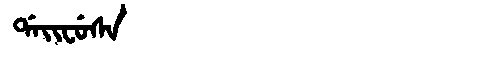
Manchu: ᡩᠠᡳᠸᡠᠰᠠ
Romanization: DAIFUSA